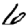
Digit: 6